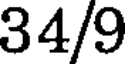
34/9